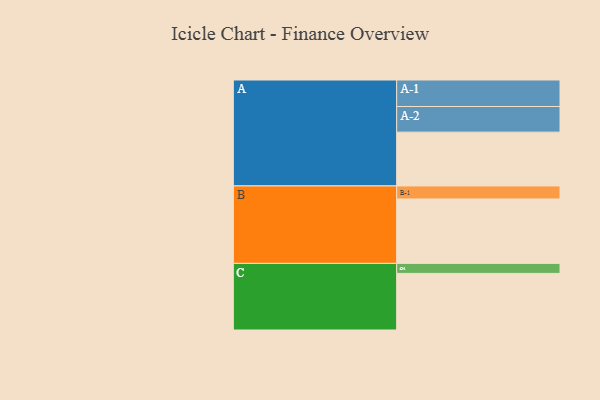
{"axis": {"x": "Segment", "y": "Value"}, "legend": ["", "A", "B", "C"], "data": [{"x": "A", "y": 483, "type": ""}, {"x": "B", "y": 578, "type": ""}, {"x": "C", "y": 508, "type": ""}, {"x": "A-1", "y": 238, "type": "A"}, {"x": "A-2", "y": 230, "type": "A"}, {"x": "B-1", "y": 117, "type": "B"}, {"x": "C-1", "y": 90, "type": "C"}]}